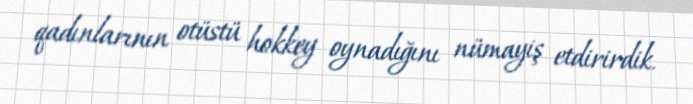
qadınlarının otüstü hokkey oynadığını nümayiş etdirirdik.